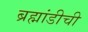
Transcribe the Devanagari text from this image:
ब्रह्मांडीची